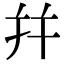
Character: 幷